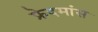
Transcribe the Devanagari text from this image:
फ्रेदमांस